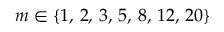
m \in \{ 1 , \, 2 , \, 3 , \, 5 , \, 8 , \, 1 2 , \, 2 0 \}